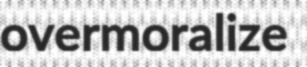
overmoralize